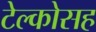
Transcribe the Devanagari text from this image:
टेल्कोसह